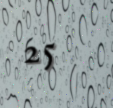
25